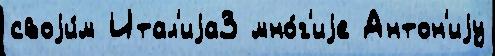
своjи́м Итал'иjа3 мно́г'иjе Антон'иjу